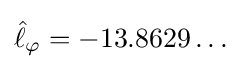
{\hat {\ell }}_{\varphi }=-13.8629\ldots